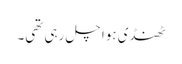
ٹھنڈی ہوا چل رہی تھی۔